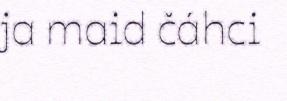
ja maid čáhci